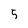
Character: 5